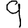
Digit: 9